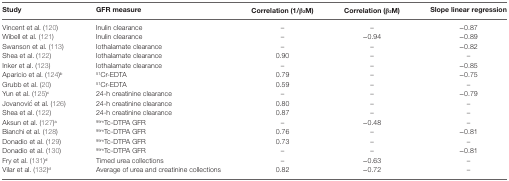
<table><thead><tr><td><b>Study</b></td><td><b>GFR measure</b></td><td><b>Correlation (1/β<sub>2</sub>M)</b></td><td><b>Correlation (β<sub>2</sub>M)</b></td><td><b>Slope linear regression</b></td></tr></thead><tbody><tr><td>Vincent et al. (120)</td><td>Inulin clearance</td><td>–</td><td>–</td><td>−0.87</td></tr><tr><td>Wibell et al. (121)</td><td>Inulin clearance</td><td>–</td><td>−0.94</td><td>−0.89</td></tr><tr><td>Swanson et al. (113)</td><td>Iothalamate clearance</td><td>–</td><td>–</td><td>−0.82</td></tr><tr><td>Shea et al. (122)</td><td>Iothalamate clearance</td><td>0.90</td><td>–</td><td>–</td></tr><tr><td>Inker et al. (123)</td><td>Iothalamate clearance</td><td>–</td><td>–</td><td>−0.85</td></tr><tr><td>Aparicio et al. (124)<sup>b</sup></td><td><sup>51</sup>Cr-EDTA</td><td>0.79</td><td>–</td><td>−0.75</td></tr><tr><td>Grubb et al. (20)</td><td><sup>51</sup>Cr-EDTA</td><td>0.59</td><td>–</td><td>–</td></tr><tr><td>Yun et al. (125)<sup>c</sup></td><td>24-h creatinine clearance</td><td>–</td><td>–</td><td>−0.79</td></tr><tr><td>Jovanović et al. (126)</td><td>24-h creatinine clearance</td><td>0.80</td><td>–</td><td>–</td></tr><tr><td>Shea et al. (122)</td><td>24-h creatinine clearance</td><td>0.87</td><td>–</td><td>–</td></tr><tr><td>Aksun et al. (127)<sup>a</sup></td><td><sup>99m</sup>Tc-DTPA GFR</td><td>–</td><td>−0.48</td><td>–</td></tr><tr><td>Bianchi et al. (128)</td><td><sup>99m</sup>Tc-DTPA GFR</td><td>0.76</td><td>–</td><td>−0.81</td></tr><tr><td>Donadio et al. (129)</td><td><sup>99m</sup>Tc-DTPA GFR</td><td>0.73</td><td>–</td><td>–</td></tr><tr><td>Donadio et al. (130)</td><td><sup>99m</sup>Tc-DTPA GFR</td><td>–</td><td>–</td><td>−0.81</td></tr><tr><td>Fry et al. (131)<sup>d</sup></td><td>Timed urea collections</td><td>–</td><td>−0.63</td><td>–</td></tr><tr><td>Vilar et al. (132)<sup>d</sup></td><td>Average of urea and creatinine collections</td><td>0.82</td><td>−0.72</td><td>–</td></tr></tbody></table>